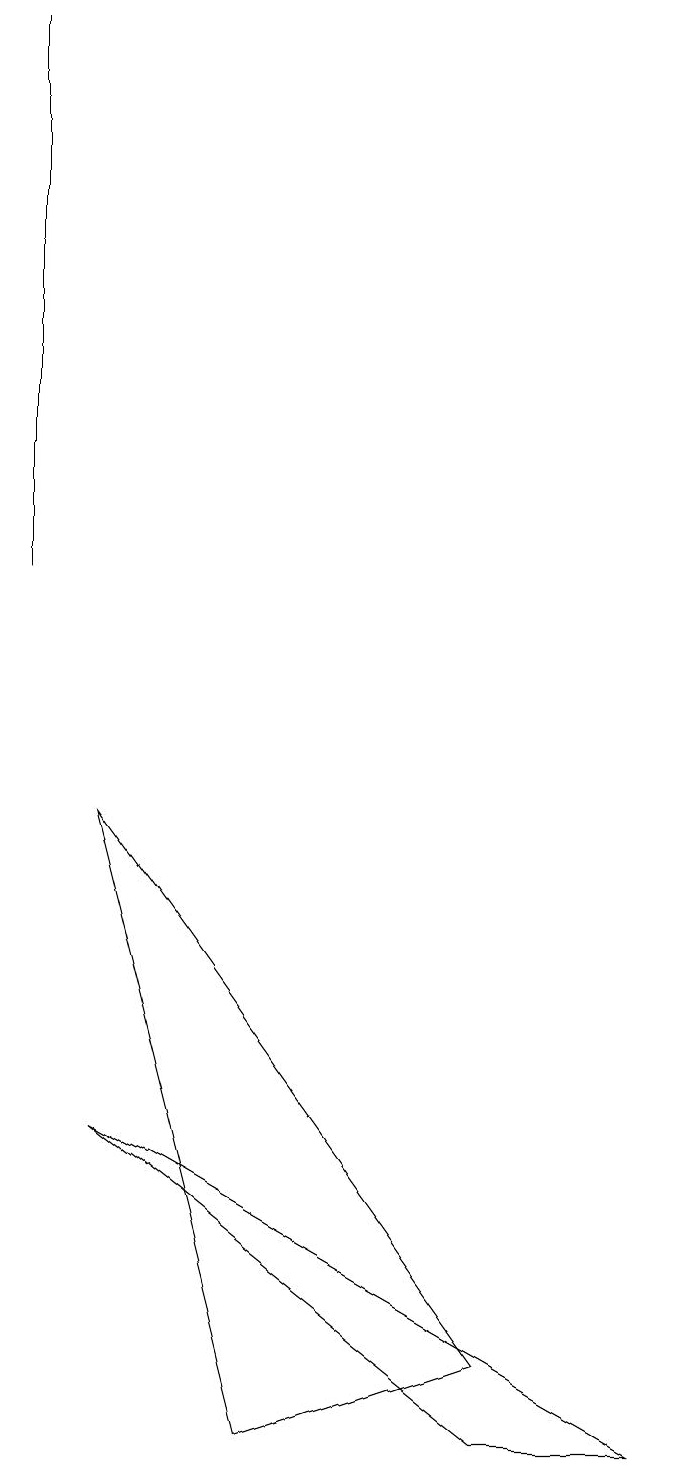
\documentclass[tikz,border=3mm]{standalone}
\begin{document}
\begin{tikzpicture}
\draw (1,19) rectangle (1,12);
\draw (9,1) -- (2,5) -- (7,1) -- cycle;
\draw (7,2) -- (2,9) -- (4,1) -- cycle;
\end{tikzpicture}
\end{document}